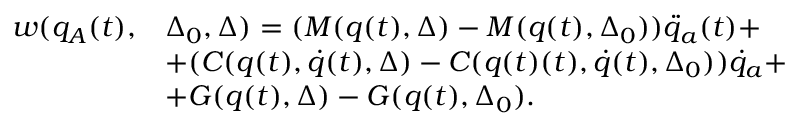
\begin{array} { r l } { w ( q _ { A } ( t ) , } & { \Delta _ { 0 } , \Delta ) = ( M ( q ( t ) , \Delta ) - M ( q ( t ) , \Delta _ { 0 } ) ) \ddot { q } _ { a } ( t ) + } \\ & { + ( C ( q ( t ) , \dot { q } ( t ) , \Delta ) - C ( q ( t ) ( t ) , \dot { q } ( t ) , \Delta _ { 0 } ) ) \dot { q } _ { a } + } \\ & { + G ( q ( t ) , \Delta ) - G ( q ( t ) , \Delta _ { 0 } ) . } \end{array}